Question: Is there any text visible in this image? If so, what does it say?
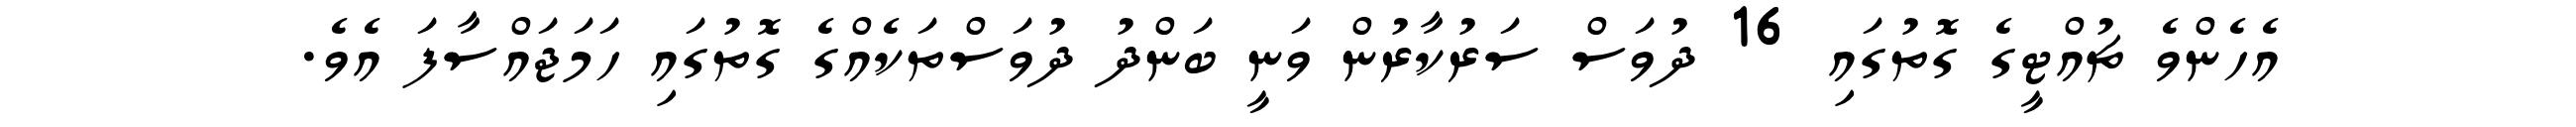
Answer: އެހެންވެ ޗުއްޓީގެ ގޮތުގައި 16 ދުވަސް ސަރުކާރުން ވަނީ ބަންދު ދުވަސްތަކެއްގެ ގޮތުގައި ހަމަޖައްސާފަ އެވެ.